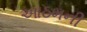
આઠમની